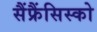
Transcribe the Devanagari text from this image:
सैंफ्रैंसिस्को